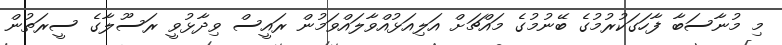
މި މުނާސަބާ ފާހަގަކުރުމުގެ ބޭނުމުގެ މައްޗަށް އަލިއަޅުއްވާލައްވަމުން ރައީސް ވިދާޅުވީ ރަސޫލާގެ ސީރަތުން